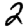
Digit: 2